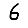
Digit: 6